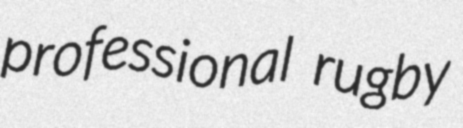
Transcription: professional rugby